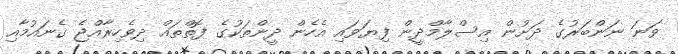
ވަނަ ނަންބަރުގެ ދަށުން އިސްލާމްދީން ފިޔަވައި އެހެން ދީންތަކުގެ ފޮތްތައް ދިވެހިރާއްޖެ ގެނައުމާއި